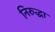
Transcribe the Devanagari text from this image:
निरुद्धा